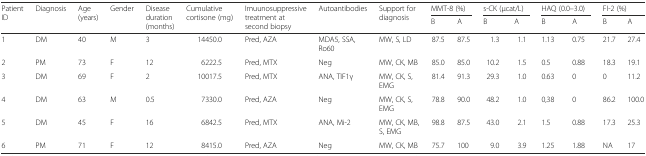
<table><thead><tr><td rowspan="2"><b>Patient ID</b></td><td rowspan="2"><b>Diagnosis</b></td><td rowspan="2"><b>Age (years)</b></td><td rowspan="2"><b>Gender</b></td><td rowspan="2"><b>Disease duration (months)</b></td><td rowspan="2"><b>Cumulative cortisone (mg)</b></td><td rowspan="2"><b>Imuunosuppressive treatment at second biopsy</b></td><td rowspan="2"><b>Autoantibodies</b></td><td rowspan="2"><b>Support for diagnosis</b></td><td colspan="2"><b>MMT-8 (%)</b></td><td colspan="2"><b>s-CK (μcat/L)</b></td><td colspan="2"><b>HAQ (0.0–3.0)</b></td><td colspan="2"><b>FI-2 (%)</b></td></tr><tr><td><b>B</b></td><td><b>A</b></td><td><b>B</b></td><td><b>A</b></td><td><b>B</b></td><td><b>A</b></td><td><b>B</b></td><td><b>A</b></td></tr></thead><tbody><tr><td>1</td><td>DM</td><td>40</td><td>M</td><td>3</td><td>14450.0</td><td>Pred, AZA</td><td>MDA5, SSA, Ro60</td><td>MW, S, LD</td><td>87.5</td><td>87.5</td><td>1.3</td><td>1.1</td><td>1.13</td><td>0.75</td><td>21.7</td><td>27.4</td></tr><tr><td>2</td><td>PM</td><td>73</td><td>F</td><td>12</td><td>6222.5</td><td>Pred, MTX</td><td>Neg</td><td>MW, CK, MB</td><td>85.0</td><td>85.0</td><td>10.2</td><td>1.5</td><td>0.5</td><td>0.88</td><td>18.3</td><td>19.1</td></tr><tr><td>3</td><td>DM</td><td>69</td><td>F</td><td>2</td><td>10017.5</td><td>Pred, MTX</td><td>ANA, TIF1γ</td><td>MW, CK, S, EMG</td><td>81.4</td><td>91.3</td><td>29.3</td><td>1.0</td><td>0.63</td><td>0</td><td>0</td><td>11.2</td></tr><tr><td>4</td><td>DM</td><td>63</td><td>M</td><td>0.5</td><td>7330.0</td><td>Pred, AZA</td><td>Neg</td><td>MW, CK, S, EMG</td><td>78.8</td><td>90.0</td><td>48.2</td><td>1.0</td><td>0,38</td><td>0</td><td>86.2</td><td>100.0</td></tr><tr><td>5</td><td>DM</td><td>45</td><td>F</td><td>16</td><td>6842.5</td><td>Pred, MTX</td><td>ANA, Mi-2</td><td>MW, CK, MB, S, EMG</td><td>98.8</td><td>87.5</td><td>43.0</td><td>2.1</td><td>1.5</td><td>0.88</td><td>17.3</td><td>25.3</td></tr><tr><td>6</td><td>PM</td><td>71</td><td>F</td><td>12</td><td>8415.0</td><td>Pred, AZA</td><td>Neg</td><td>MW, CK, MB</td><td>75.7</td><td>100</td><td>9.0</td><td>3.9</td><td>1.25</td><td>1.88</td><td>NA</td><td>17</td></tr></tbody></table>